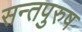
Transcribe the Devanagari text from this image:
सन्तपुरुष